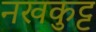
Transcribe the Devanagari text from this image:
नखकुट्ट